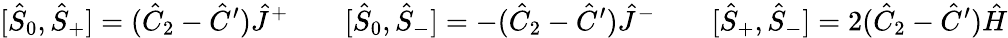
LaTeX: [\hat{S}_{0},\hat{S}_{+}]=(\hat{C}_{2}-\hat{C}^{\prime})\hat{J}^{+}\qquad[\hat{S}_{0},\hat{S}_{-}]=-(\hat{C}_{2}-\hat{C}^{\prime})\hat{J}^{-}\qquad[\hat{S}_{+},\hat{S}_{-}]=2(\hat{C}_{2}-\hat{C}^{\prime})\hat{H}